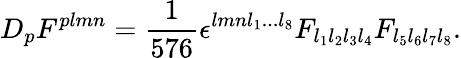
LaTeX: D_{p}F^{plmn}={\frac{1}{576}}\epsilon^{lmnl_{1}...l_{8}}F_{l_{1}l_{2}l_{3}l_{4}}F_{l_{5}l_{6}l_{7}l_{8}}.